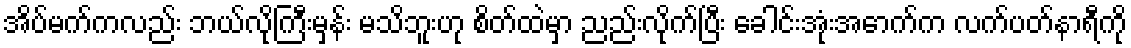
အိပ်မက်ကလည်း ဘယ်လိုကြီးမှန်း မသိဘူးဟု စိတ်ထဲမှာ ညည်းလိုက်ပြီး ခေါင်းအုံးအောက်က လက်ပတ်နာရီကို